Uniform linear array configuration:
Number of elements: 48
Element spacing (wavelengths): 0.5
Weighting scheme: hann
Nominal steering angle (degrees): -15
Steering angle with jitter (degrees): -14.131
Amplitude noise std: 0.05
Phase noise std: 0.05

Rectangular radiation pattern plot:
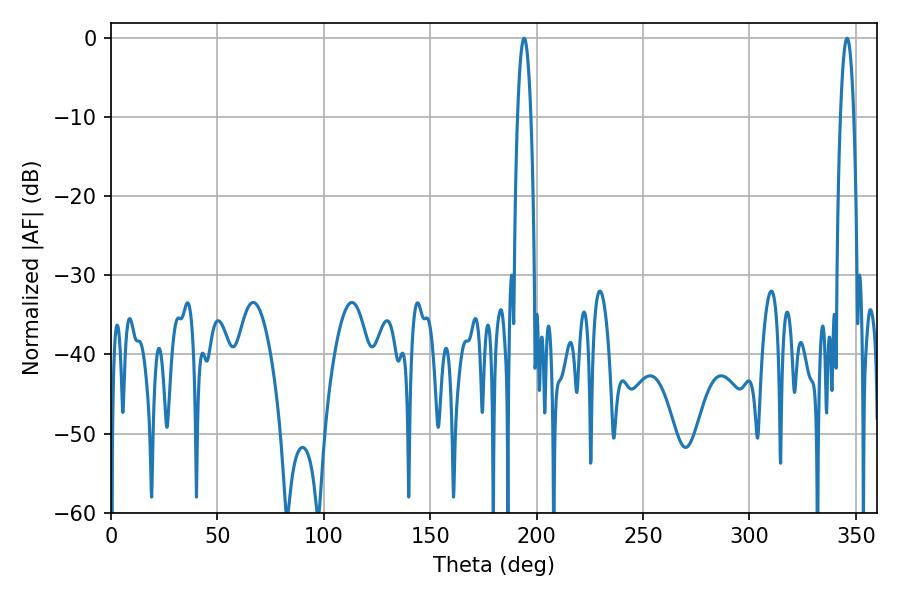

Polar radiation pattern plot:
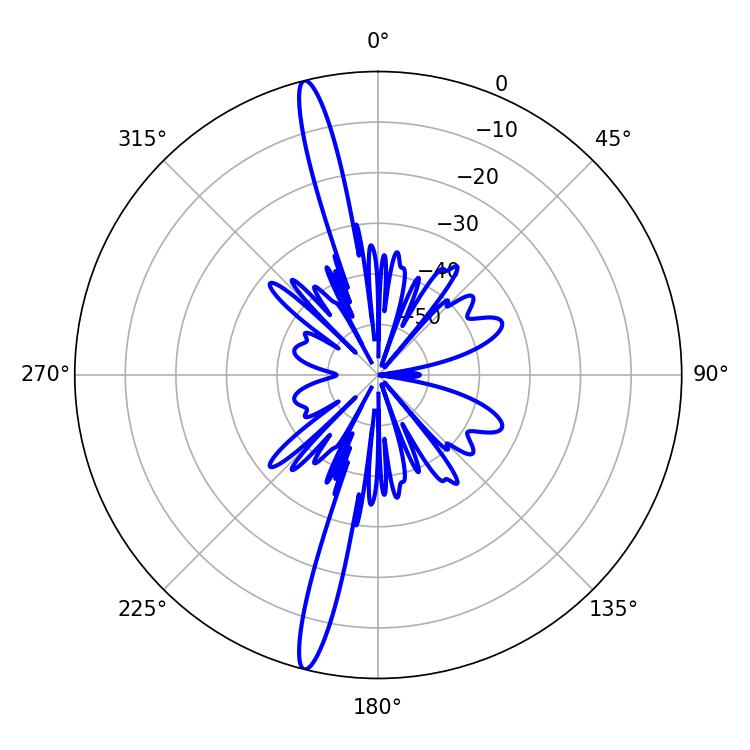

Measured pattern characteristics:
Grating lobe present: FALSE
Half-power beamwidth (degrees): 3.42
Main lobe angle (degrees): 345.96